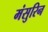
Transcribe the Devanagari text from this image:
मंसुरिन